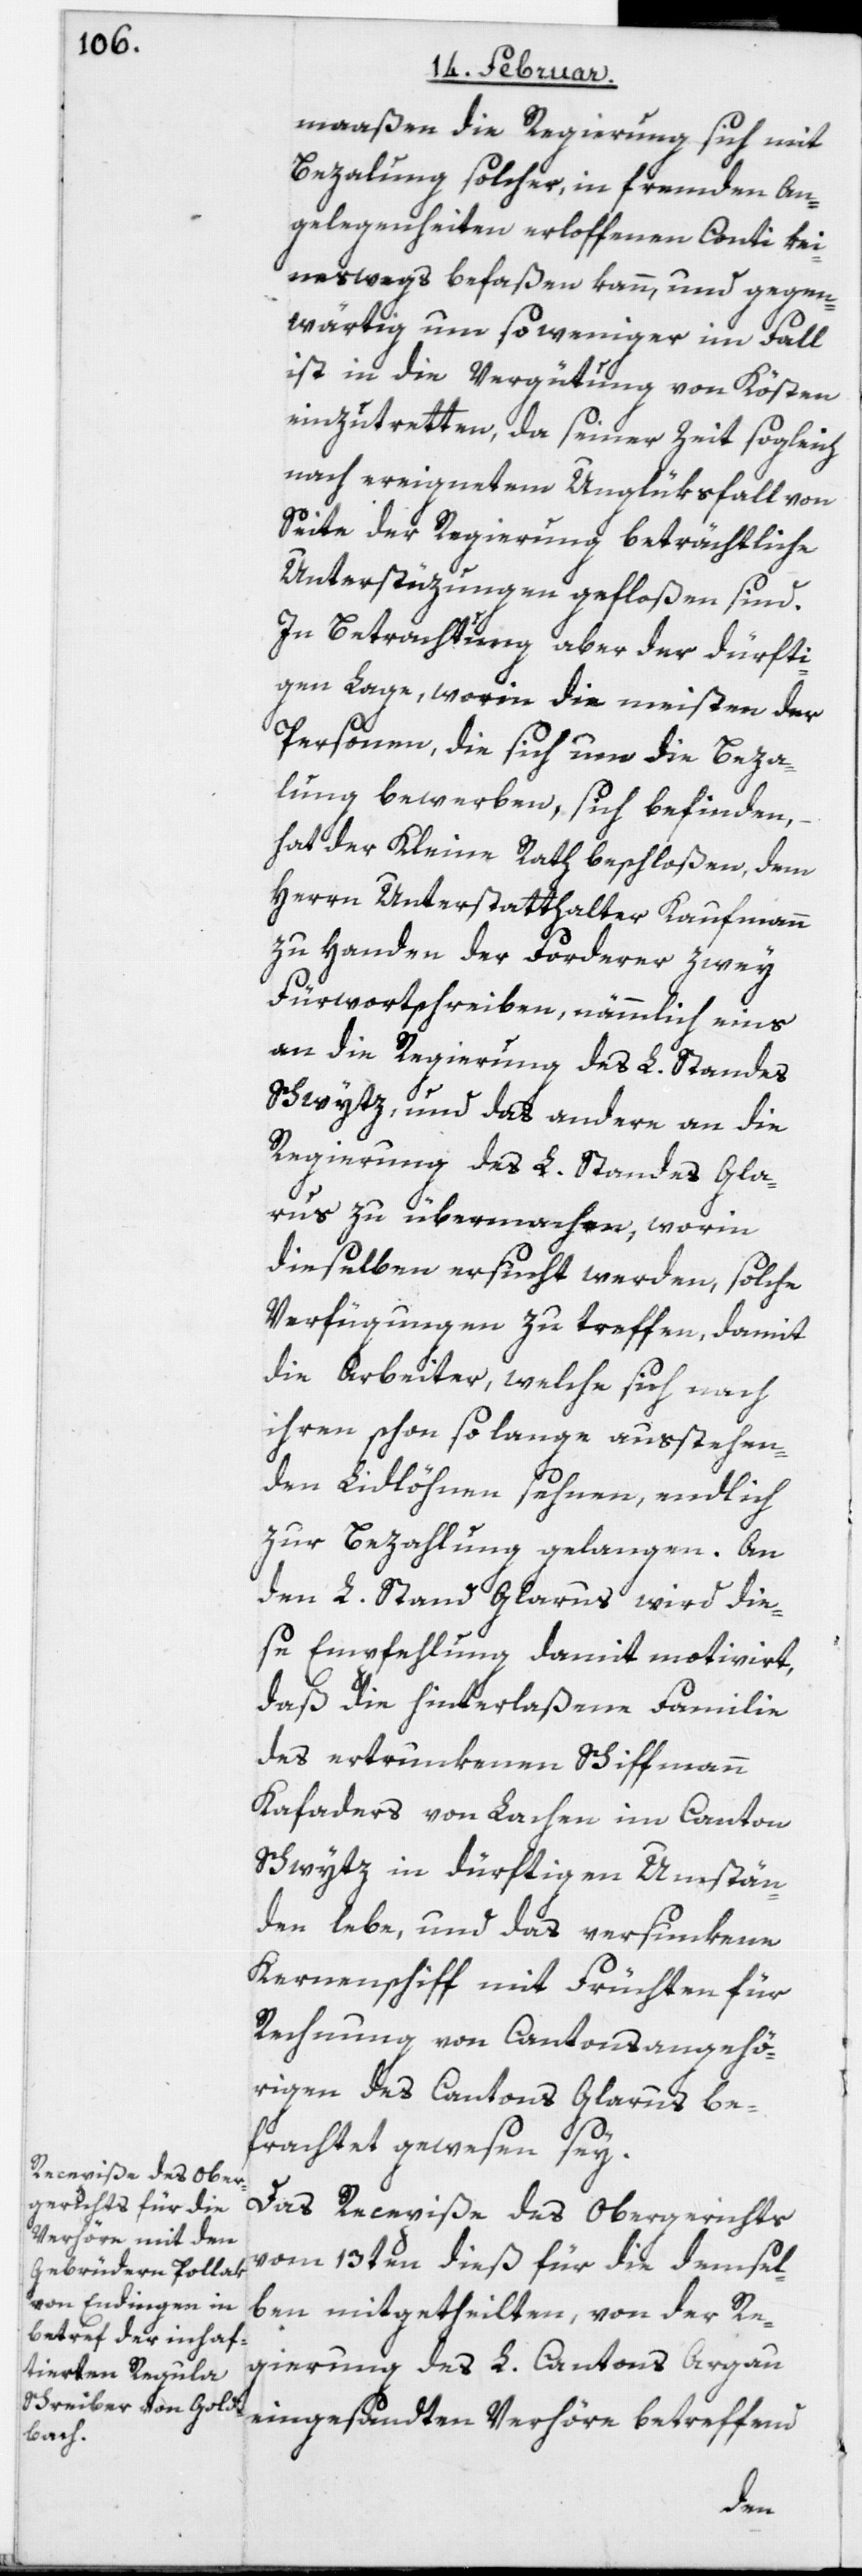
maaßen die Regierung sich mit
Bezalung solcher, in fremden An¬
gelegenheiten erloffenen Conti kei¬
neswegs befaßen kann, und gegen¬
wärtig umso weniger im Fall
ist, in die Vergütung von Kösten
einzutretten, da seiner Zeit sogleich
nach ereignetem Unglüksfall von
Seite der Regierung beträchtliche
Unterstüzungen gefloßen sind.
In Betrachtung aber der dürfti¬
gen Lage, worin die meisten der
Personen, die sich um die Bezah¬
lung bewerben, sich befinden,
hat der Kleine Rath beschloßen, dem
Herrn Unterstatthalter Kaufmann
zu Handen der Forderer zwey
Fürwortschreiben, nämmlich eins
an die Regierung des L. Standes
Schwytz, und das andere an die
Regierung des L. Standes Gla¬
rus zu übermachen, worin
dieselben ersucht werden, solche
Verfügungen zu treffen, damit
die Arbeiter, welche sich nach
ihren schon so lange ausstehen¬
den Lidlöhnen sehnen, endlich
zur Bezahlung gelangen. An
den L. Stand Glarus wird die¬
se Empfehlung damit motiviert,
daß die hinterlaßene Familie
des ertrunkenen Schiffmann
Kafaders von Lachen im Canton
Schwytz in dürftigen Umstän¬
den lebe, und das versunkene
Kernenschiff mit Früchten für
Rechnung von Cantonsangehö¬
rigen des Cantons Glarus be¬
frachtet gewesen sey.
Das Recepiße des Obergerichts
vom 13ten dieß für die demsel¬
ben mitgetheilten, von der Re¬
gierung des L. Cantons Argau
eingesandten Verhöre betreffend